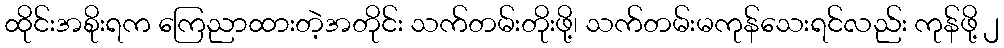
ထိုင်းအစိုးရက ကြေညာထားတဲ့အတိုင်း သက်တမ်းတိုးဖို့၊ သက်တမ်းမကုန်သေးရင်လည်း ကုန်ဖို့ ၂